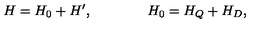
H = H _ { 0 } + H ^ { \prime } , \qquad \qquad H _ { 0 } = H _ { Q } + H _ { D } ,